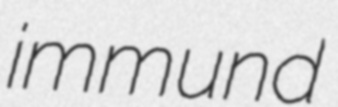
immund